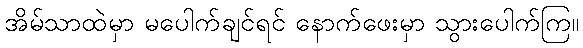
အိမ်သာထဲမှာ မပေါက်ချင်ရင် နောက်ဖေးမှာ သွားပေါက်ကြ။